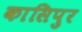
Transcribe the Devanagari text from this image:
कासिपुर